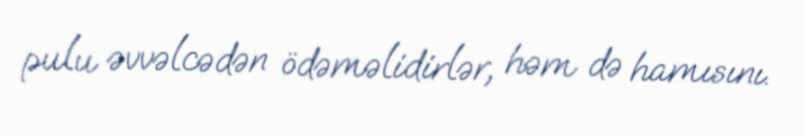
pulu əvvəlcədən ödəməlidirlər, həm də hamısını.